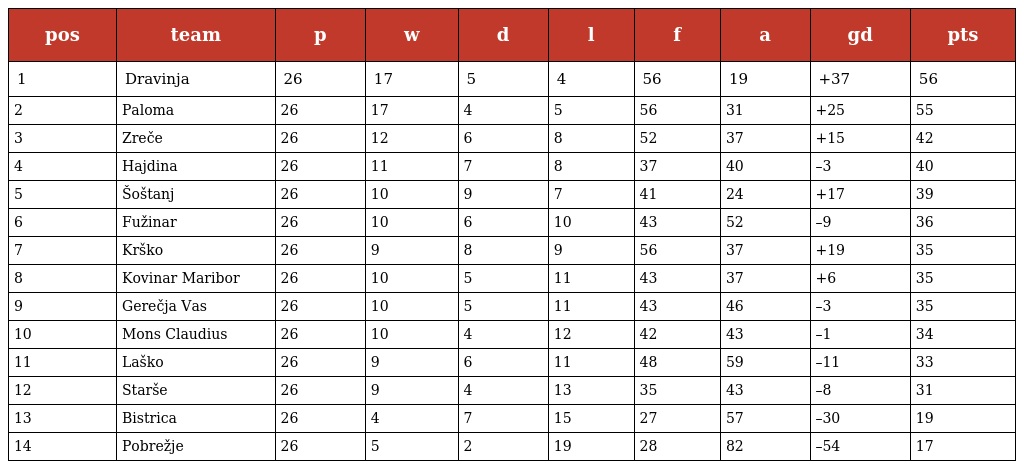
| pos | team | p | w | d | l | f | a | gd | pts |
 | --- | --- | --- | --- | --- | --- | --- | --- | --- | --- |
 | 1 | Dravinja | 26 | 17 | 5 | 4 | 56 | 19 | +37 | 56 |
 | 2 | Paloma | 26 | 17 | 4 | 5 | 56 | 31 | +25 | 55 |
 | 3 | Zreče | 26 | 12 | 6 | 8 | 52 | 37 | +15 | 42 |
 | 4 | Hajdina | 26 | 11 | 7 | 8 | 37 | 40 | –3 | 40 |
 | 5 | Šoštanj | 26 | 10 | 9 | 7 | 41 | 24 | +17 | 39 |
 | 6 | Fužinar | 26 | 10 | 6 | 10 | 43 | 52 | –9 | 36 |
 | 7 | Krško | 26 | 9 | 8 | 9 | 56 | 37 | +19 | 35 |
 | 8 | Kovinar Maribor | 26 | 10 | 5 | 11 | 43 | 37 | +6 | 35 |
 | 9 | Gerečja Vas | 26 | 10 | 5 | 11 | 43 | 46 | –3 | 35 |
 | 10 | Mons Claudius | 26 | 10 | 4 | 12 | 42 | 43 | –1 | 34 |
 | 11 | Laško | 26 | 9 | 6 | 11 | 48 | 59 | –11 | 33 |
 | 12 | Starše | 26 | 9 | 4 | 13 | 35 | 43 | –8 | 31 |
 | 13 | Bistrica | 26 | 4 | 7 | 15 | 27 | 57 | –30 | 19 |
 | 14 | Pobrežje | 26 | 5 | 2 | 19 | 28 | 82 | –54 | 17 |